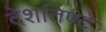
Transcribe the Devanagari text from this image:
देशतिण्टे